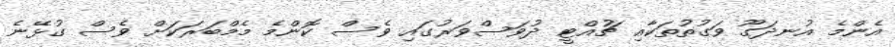
އެންމެ އުނދަގޫ ވަގުތުތަކާއި ޗުއްޓީ ދުވަސްވަރުގައި ވެސް ކޮންމެ މެމްބަރަކަށް ވެސް ގުޅޭނެ